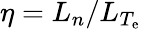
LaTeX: \eta=L_{n}/L_{T_{\mathrm{e}}}